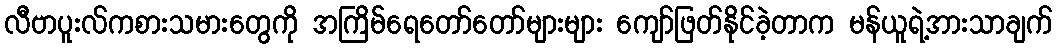
လီဗာပူးလ်ကစားသမားတွေကို အကြိမ်ရေတော်တော်များများ ကျော်ဖြတ်နိုင်ခဲ့တာက မန်ယူရဲ့အားသာချက်